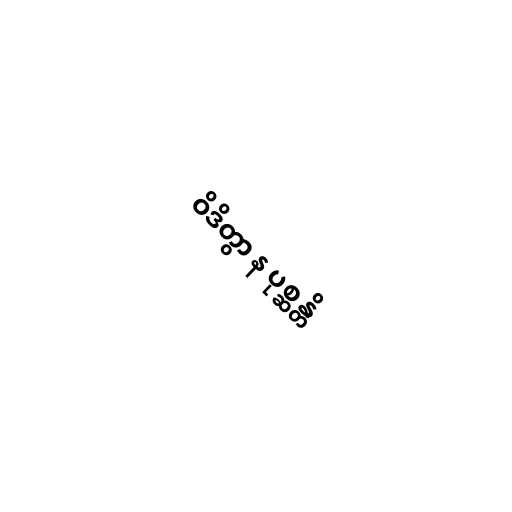
ဝိဒိတွာ န ပုစ္ဆန္တိ